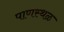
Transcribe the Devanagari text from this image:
पाणस्थळ